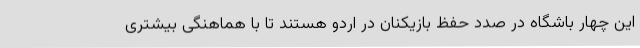
این چهار باشگاه در صدد حفظ بازیکنان در اردو هستند تا با هماهنگی بیشتری